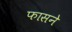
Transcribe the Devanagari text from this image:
फासने